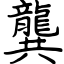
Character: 龔